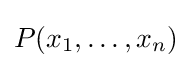
P(x_{1},\ldots ,x_{n})